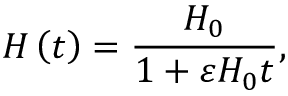
H \left( t \right) = \frac { H _ { 0 } } { 1 + \varepsilon H _ { 0 } t } ,